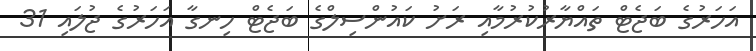
އަހަރުގެ ބަޖެޓް ތައްޔާރުކުރުމާއި ރަށު ކައުންސިލްގެ ބަޖެޓް ހިނގާ އަހަރުގެ ޖުލައި 31